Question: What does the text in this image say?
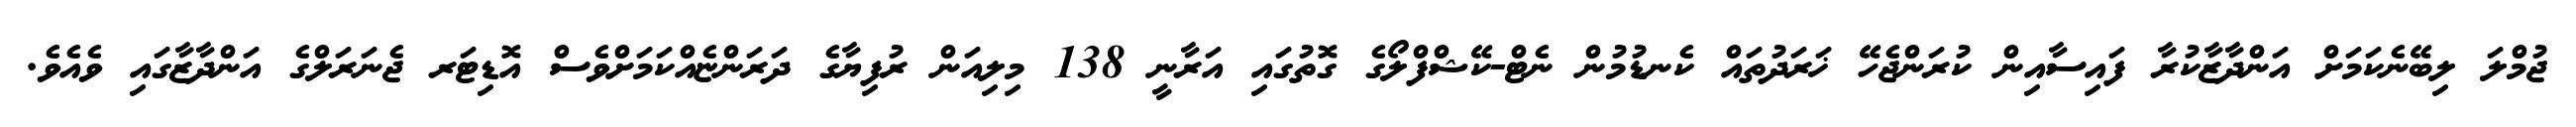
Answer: ޖުމްލަ ލިބޭނެކަމަށް އަންދާޒާކުރާ ފައިސާއިން ކުރަންޖެހޭ ޚަރަދުތައް ކެނޑުމުން ނެޓް-ކޭޝްފްލޯގެ ގޮތުގައި އަރާނީ 138 މިލިއަން ރުފިޔާގެ ދަރަންޏެއްކަމަށްވެސް އޮޑިޓަރ ޖެނަރަލްގެ އަންދާޒާގައި ވެއެވެ.